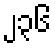
၂၃၆